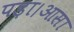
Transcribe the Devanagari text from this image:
पड़ा।आसा